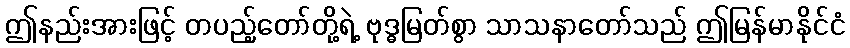
ဤနည်းအားဖြင့် တပည့်တော်တို့ရဲ့ ဗုဒ္ဓမြတ်စွာ သာသနာတော်သည် ဤမြန်မာနိုင်ငံ